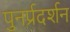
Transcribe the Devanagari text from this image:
पुनर्प्रदर्शन